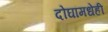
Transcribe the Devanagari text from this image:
दोघांमधेही